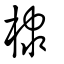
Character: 棣